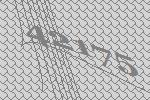
42175